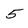
Character: 5